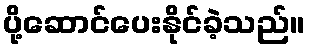
ပို့ဆောင်ပေးနိုင်ခဲ့သည်။